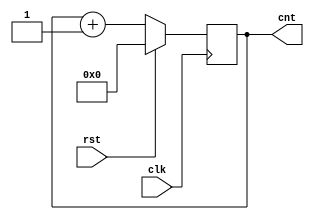
module COUNTER(
    input clk,
    input rst,
    output reg [7:0] cnt
	 
    );
 
 
 
always @ (posedge(clk))  
begin
    if (rst == 1'b1)
        
        cnt <= 8'b0;
    else
        
        cnt <= cnt + 1'b1;
end
 
endmodule